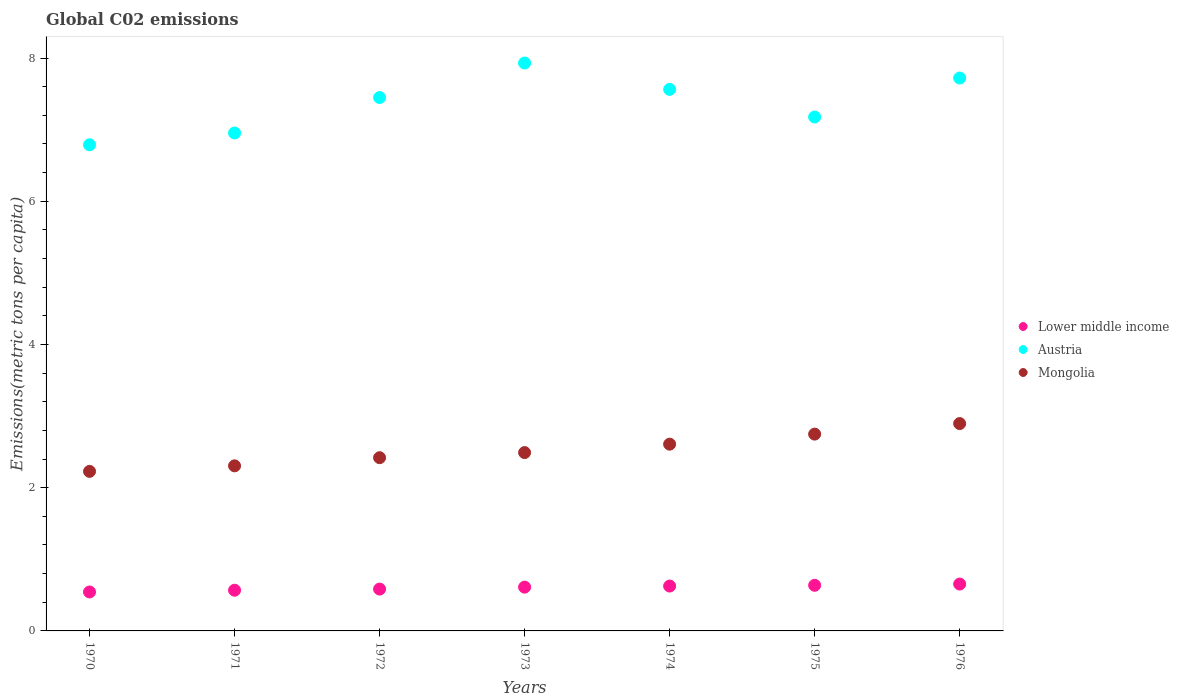
| Years | Lower middle income | Austria | Mongolia |
 | --- | --- | --- | --- |
 | 1970 | 0.544 | 6.79 | 2.23 |
 | 1971 | 0.568 | 6.95 | 2.31 |
 | 1972 | 0.584 | 7.45 | 2.42 |
 | 1973 | 0.611 | 7.93 | 2.49 |
 | 1974 | 0.627 | 7.56 | 2.61 |
 | 1975 | 0.637 | 7.18 | 2.75 |
 | 1976 | 0.655 | 7.72 | 2.9 |